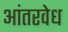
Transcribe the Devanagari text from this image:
आंतरवेध